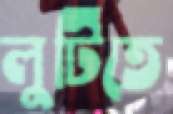
লুটিতে